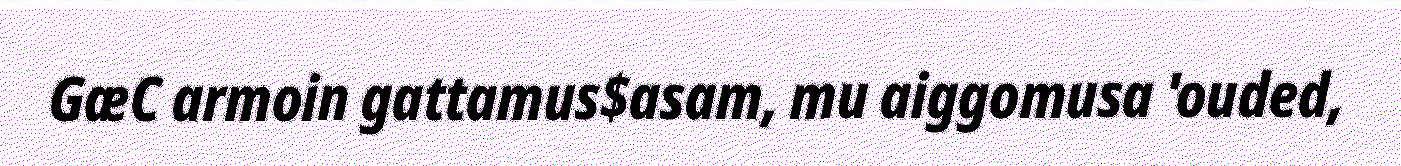
GæC armoin gattamus$asam, mu aiggomusa 'ouded,